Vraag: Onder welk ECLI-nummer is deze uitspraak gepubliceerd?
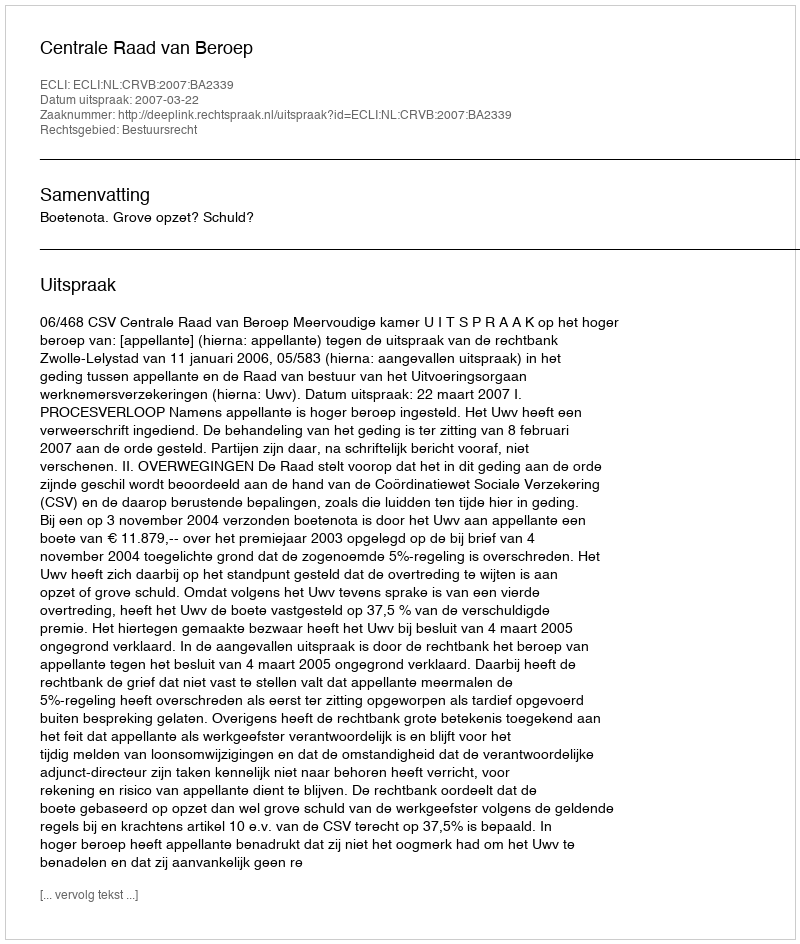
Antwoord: ECLI:NL:CRVB:2007:BA2339